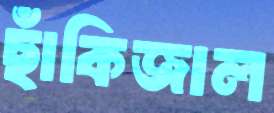
ছাঁকিজাল